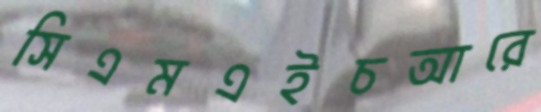
সিএমএইচআরে